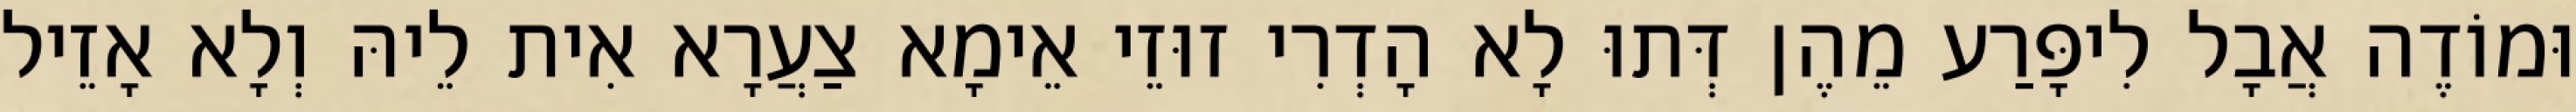
וּמוֹדֶה אֲבָל לִיפָּרַע מֵהֶן דְּתוּ לָא הָדְרִי זוּזֵי אֵימָא צַעֲרָא אִית לֵיהּ וְלָא אָזֵיל